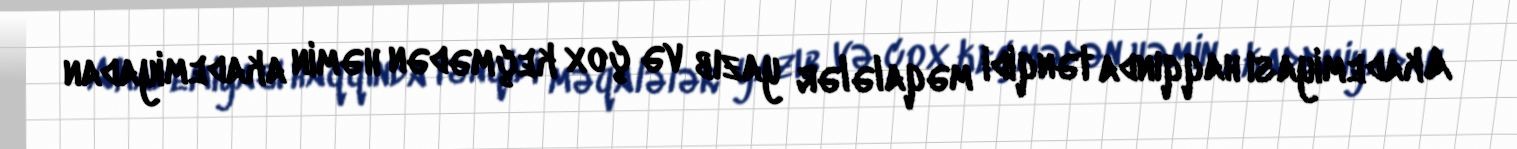
Akademiyası haqqında tənqidi məqalələr yazıb və çox keçmədən həmin akademiyadan